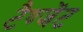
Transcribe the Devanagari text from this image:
टैण्जेंट